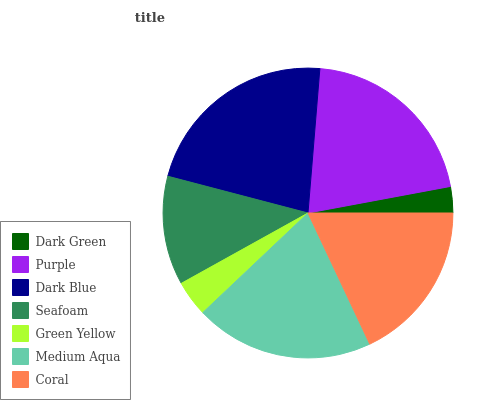
| Dark Green | Purple | Dark Blue | Seafoam | Green Yellow | Medium Aqua | Coral |
 | --- | --- | --- | --- | --- | --- | --- |
 | 2.93% | 20.7% | 22.3% | 12.2% | 4% | 19.9% | 18% |